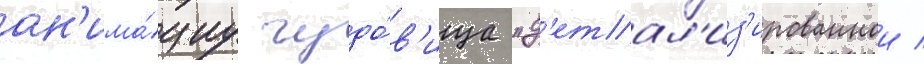
ан'има́циу чудо́в'ища "д'етал'из'ированнои /